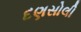
દણસોલી